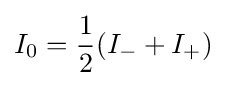
I_{0}={\frac {1}{2}}(I_{-}+I_{+})